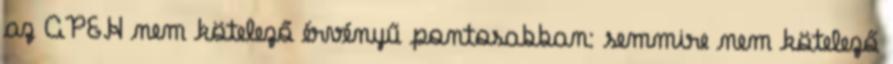
az APEH nem kötelező érvényű pontosabban: semmire nem kötelező